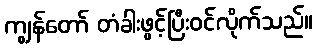
ကျွန်တော် တံခါးဖွင့်ပြီးဝင်လိုက်သည်။